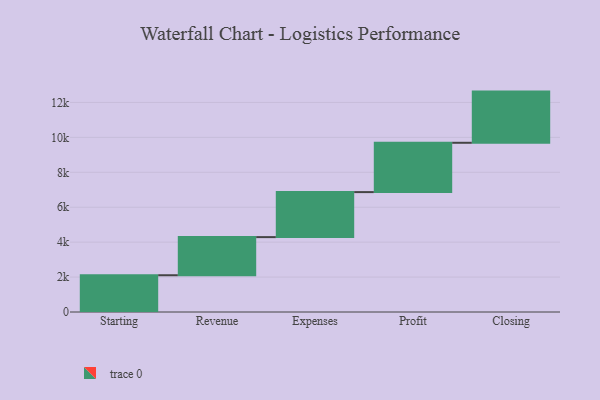
{"axis": {"x": "Step", "y": "Value"}, "legend": [""], "data": [{"x": "Starting", "y": 2105.0, "type": ""}, {"x": "Revenue", "y": 2183.0, "type": ""}, {"x": "Expenses", "y": 2578.0, "type": ""}, {"x": "Profit", "y": 2824.0, "type": ""}, {"x": "Closing", "y": 2931.0, "type": ""}]}